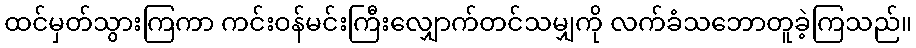
ထင်မှတ်သွားကြကာ ကင်းဝန်မင်းကြီးလျှောက်တင်သမျှကို လက်ခံသဘောတူခဲ့ကြသည်။